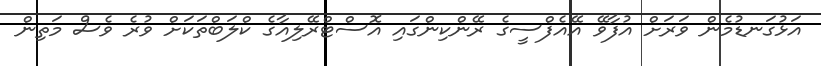
އަޅުގަނޑުމެން ވަރަށް އުފާވޭ އޭއެފްސީގެ ރޭންކިންގައި އޮސްޓްރޭލިއާގެ ކްލަބްތަކަށް ވުރެ ވެސް މަތިން